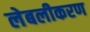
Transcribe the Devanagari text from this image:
लेबलीकरण